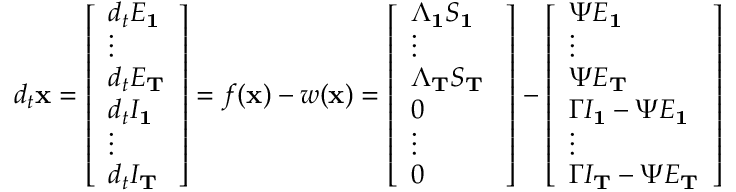
d _ { t } \mathbf { x } = \left[ \begin{array} { l } { d _ { t } E _ { \mathbf { 1 } } } \\ { \vdots } \\ { d _ { t } E _ { \mathbf { T } } } \\ { d _ { t } I _ { \mathbf { 1 } } } \\ { \vdots } \\ { d _ { t } I _ { \mathbf { T } } } \end{array} \right] = f ( \mathbf { x } ) - w ( \mathbf { x } ) = \left[ \begin{array} { l } { \Lambda _ { \mathbf { 1 } } S _ { \mathbf { 1 } } } \\ { \vdots } \\ { \Lambda _ { \mathbf { T } } S _ { \mathbf { T } } \ } \\ { 0 } \\ { \vdots } \\ { 0 } \end{array} \right] - \left[ \begin{array} { l } { \Psi E _ { \mathbf { 1 } } } \\ { \vdots } \\ { \Psi E _ { \mathbf { T } } } \\ { \Gamma I _ { \mathbf { 1 } } - \Psi E _ { \mathbf { 1 } } } \\ { \vdots } \\ { \Gamma I _ { \mathbf { T } } - \Psi E _ { \mathbf { T } } } \end{array} \right]